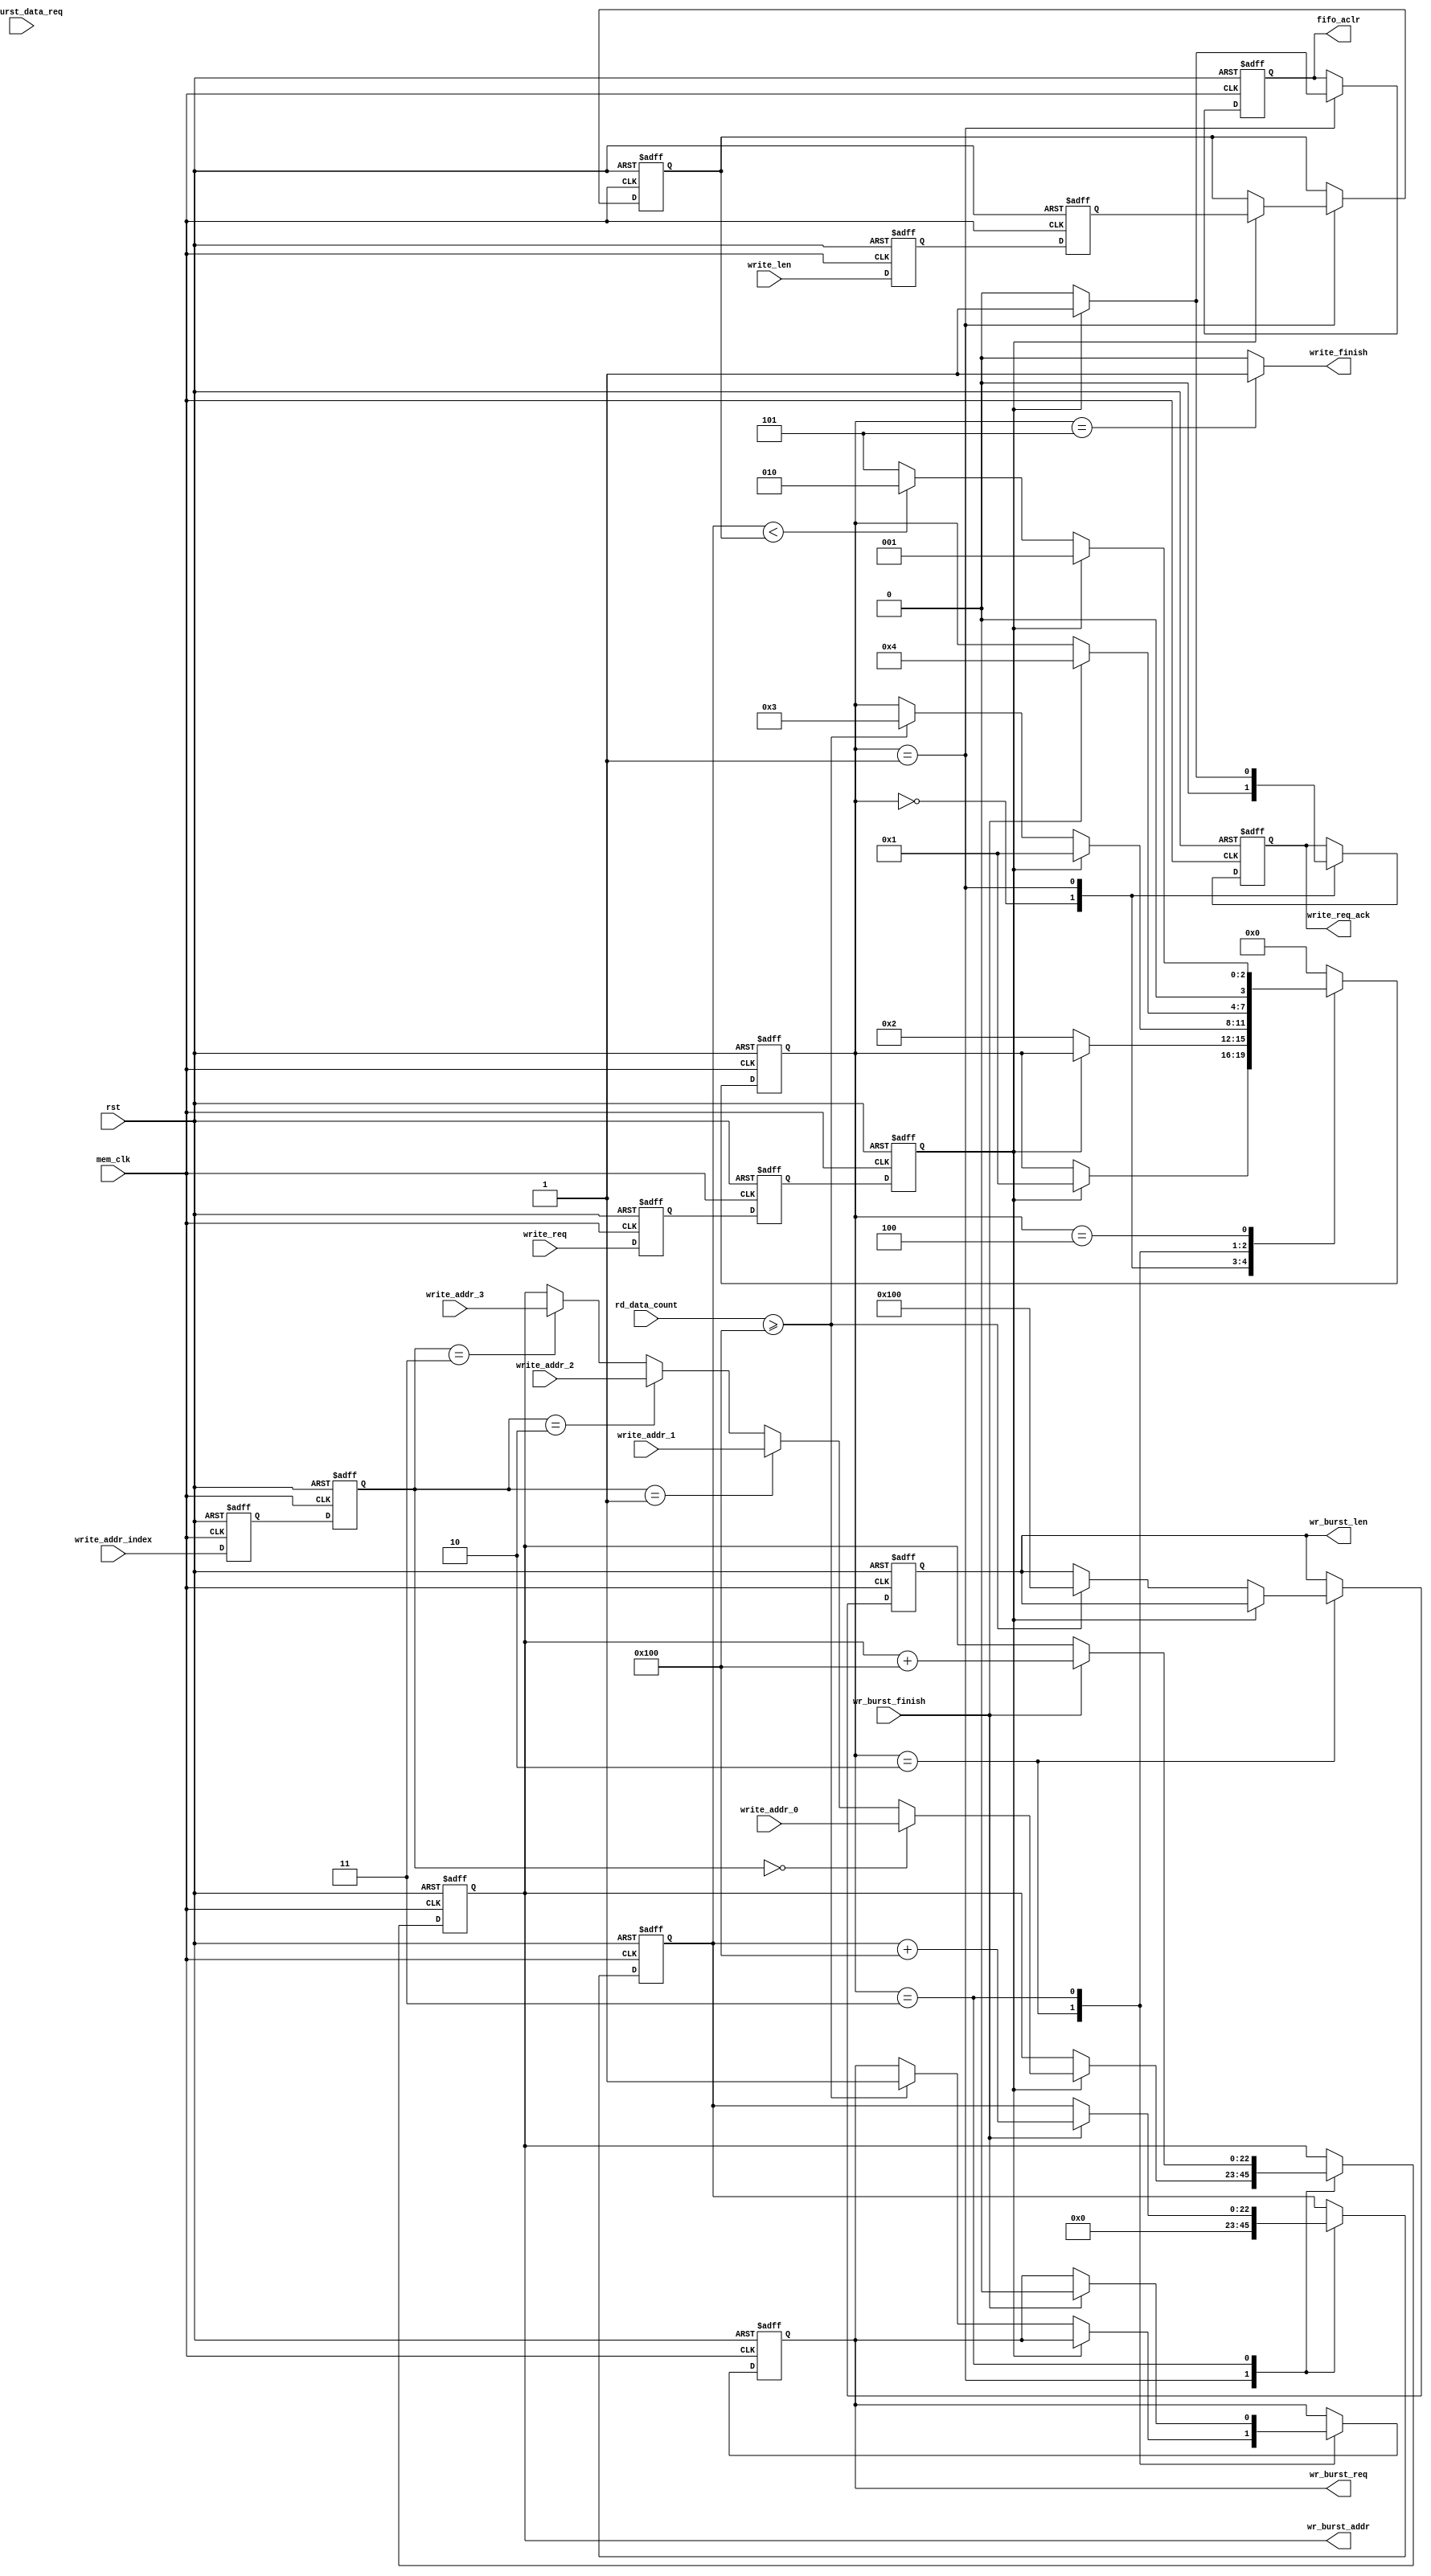
// This program was cloned from: https://github.com/Manistein/let-us-build-a-computer-system
// License: MIT License

//////////////////////////////////////////////////////////////////////////////////
//                                                                              //
//                                                                              //
//          msq@qq.com                                                          //
//          ALINX(shanghai) Technology Co.,Ltd                                  //
//          heijin                                                              //
//     WEB: http://www.alinx.cn/                                                //
//     BBS: http://www.heijin.org/                                              //
//                                                                              //
//////////////////////////////////////////////////////////////////////////////////
//                                                                              //
// Copyright (c) 2017,ALINX(shanghai) Technology Co.,Ltd                        //
//                    All rights reserved                                       //
//                                                                              //
// This source file may be used and distributed without restriction provided    //
// that this copyright statement is not removed from the file and that any      //
// derivative work contains the original copyright notice and the associated    //
// disclaimer.                                                                  //
//                                                                              //
//////////////////////////////////////////////////////////////////////////////////

//================================================================================
//  Revision History:
//  Date          By            Revision    Change Description
//--------------------------------------------------------------------------------
//  2017/7/19     meisq          1.0         Original
//*******************************************************************************/

`timescale 1ns/1ps
module frame_fifo_write
#
(
	parameter MEM_DATA_BITS          = 32,
	parameter ADDR_BITS              = 23,
	parameter BUSRT_BITS             = 10,
	parameter BURST_SIZE             = 256
)               
(
	input                            rst,                  
	input                            mem_clk,                    // external memory controller user interface clock
	output reg                       wr_burst_req,               // to external memory controller,send out a burst write request  
	output reg[BUSRT_BITS - 1:0]     wr_burst_len,               // to external memory controller,data length of the burst write request, not bytes 
	output reg[ADDR_BITS - 1:0]      wr_burst_addr,              // to external memory controller,base address of the burst write request 
	input                            wr_burst_data_req,          // from external memory controller,write data request ,before data 1 clock 
	input                            wr_burst_finish,            // from external memory controller,burst write finish
	input                            write_req,                  // data write module write request,keep '1' until read_req_ack = '1'
	output reg                       write_req_ack,              // data write module write request response
	output                           write_finish,               // data write module write request finish
	input[ADDR_BITS - 1:0]           write_addr_0,               // data write module write request base address 0, used when write_addr_index = 0
	input[ADDR_BITS - 1:0]           write_addr_1,               // data write module write request base address 1, used when write_addr_index = 1
	input[ADDR_BITS - 1:0]           write_addr_2,               // data write module write request base address 1, used when write_addr_index = 2
	input[ADDR_BITS - 1:0]           write_addr_3,               // data write module write request base address 1, used when write_addr_index = 3
	input[1:0]                       write_addr_index,           // select valid base address from write_addr_0 write_addr_1 write_addr_2 write_addr_3
	input[ADDR_BITS - 1:0]           write_len,                  // data write module write request data length
	output reg                       fifo_aclr,                  // to fifo asynchronous clear
	input[15:0]                      rd_data_count                     // from fifo read used words
);
localparam ONE                       = 256'd1;                   //256 bit '1'   you can use ONE[n-1:0] for n bit '1'
localparam ZERO                      = 256'd0;                   //256 bit '0'
//write state machine code
localparam S_IDLE                    = 0;                        //idle state,waiting for write
localparam S_ACK                     = 1;                        //written request response
localparam S_CHECK_FIFO              = 2;                        //check the FIFO status, ensure that there is enough space to burst write
localparam S_WRITE_BURST             = 3;                        //begin a burst write
localparam S_WRITE_BURST_END         = 4;                        //a burst write complete
localparam S_END                     = 5;                        //a frame of data is written to complete

reg                                 write_req_d0;                //asynchronous write request, synchronize to 'mem_clk' clock domain,first beat
reg                                 write_req_d1;                //the second
reg                                 write_req_d2;                //third,Why do you need 3 ? Here's the design habit
reg[ADDR_BITS - 1:0]                write_len_d0;                //asynchronous write_len(write data length), synchronize to 'mem_clk' clock domain first
reg[ADDR_BITS - 1:0]                write_len_d1;                //second
reg[ADDR_BITS - 1:0]                write_len_latch;             //lock write data length
reg[ADDR_BITS - 1:0]                write_cnt;                   //write data counter
reg[1:0]                            write_addr_index_d0;
reg[1:0]                            write_addr_index_d1;
reg[3:0]                            state;                       //state machine

assign write_finish = (state == S_END) ? 1'b1 : 1'b0;            //write finish at state 'S_END'
always@(posedge mem_clk or posedge rst)
begin
	if(rst == 1'b1)
	begin
		write_req_d0    <=  1'b0;
		write_req_d1    <=  1'b0;
		write_req_d2    <=  1'b0;
		write_len_d0    <=  ZERO[ADDR_BITS - 1:0];              //equivalent to write_len_d0 <= 0;
		write_len_d1    <=  ZERO[ADDR_BITS - 1:0];              //equivalent to write_len_d1 <= 0;
		write_addr_index_d0    <=  2'b00;
		write_addr_index_d1    <=  2'b00;
	end
	else
	begin
		write_req_d0    <=  write_req;
		write_req_d1    <=  write_req_d0;
		write_req_d2    <=  write_req_d1;
		write_len_d0    <=  write_len;
		write_len_d1    <=  write_len_d0;
		write_addr_index_d0 <= write_addr_index;
		write_addr_index_d1 <= write_addr_index_d0;
	end 
end


always@(posedge mem_clk or posedge rst)
begin
	if(rst == 1'b1)
	begin
		state <= S_IDLE;
		write_len_latch <= ZERO[ADDR_BITS - 1:0];
		wr_burst_addr <= ZERO[ADDR_BITS - 1:0];
		wr_burst_req <= 1'b0;
		write_cnt <= ZERO[ADDR_BITS - 1:0];
		fifo_aclr <= 1'b0;
		write_req_ack <= 1'b0;
		wr_burst_len <= ZERO[BUSRT_BITS - 1:0];
	end
	else
		case(state)
			//idle state,waiting for write write_req_d2 == '1' goto the 'S_ACK'
			S_IDLE:
			begin
				if(write_req_d2 == 1'b1)
				begin
					state <= S_ACK;
				end
				write_req_ack <= 1'b0;
			end
			//'S_ACK' state completes the write request response, the FIFO reset, the address latch, and the data length latch
			S_ACK:
			begin
				//after write request revocation(write_req_d2 == '0'),goto 'S_CHECK_FIFO',write_req_ack goto '0'
				if(write_req_d2 == 1'b0)
				begin
					state <= S_CHECK_FIFO;
					fifo_aclr <= 1'b0;
					write_req_ack <= 1'b0;
				end
				else
				begin
					//write request response
					write_req_ack <= 1'b1;
					//FIFO reset
					fifo_aclr <= 1'b1;
					//select valid base address from write_addr_0 write_addr_1 write_addr_2 write_addr_3
					if(write_addr_index_d1 == 2'd0)
						wr_burst_addr <= write_addr_0;
					else if(write_addr_index_d1 == 2'd1)
						wr_burst_addr <= write_addr_1;
					else if(write_addr_index_d1 == 2'd2)
						wr_burst_addr <= write_addr_2;
					else if(write_addr_index_d1 == 2'd3)
						wr_burst_addr <= write_addr_3;
					//latch data length
					write_len_latch <= write_len_d1;                    
				end
				//write data counter reset, write_cnt <= 0;
				write_cnt <= ZERO[ADDR_BITS - 1:0];
			end
			S_CHECK_FIFO:
			begin
				//if there is a write request at this time, enter the 'S_ACK' state
				if(write_req_d2 == 1'b1)
				begin
					state <= S_ACK;
				end
				//if the FIFO space is a burst write request, goto burst write state
				else if(rd_data_count >= BURST_SIZE)
				begin
					state <= S_WRITE_BURST;
					wr_burst_len <= BURST_SIZE[BUSRT_BITS - 1:0];
					wr_burst_req <= 1'b1;
				end
			end
			
			S_WRITE_BURST:
			begin
				//burst finish
				if(wr_burst_finish == 1'b1)
				begin
					wr_burst_req <= 1'b0;
					state <= S_WRITE_BURST_END;
					//write counter + burst length
					write_cnt <= write_cnt + BURST_SIZE[ADDR_BITS - 1:0];
					//the next burst write address is generated
					wr_burst_addr <= wr_burst_addr + BURST_SIZE[ADDR_BITS - 1:0];
				end     
			end
			S_WRITE_BURST_END:
			begin
				//if there is a write request at this time, enter the 'S_ACK' state
				if(write_req_d2 == 1'b1)
				begin
					state <= S_ACK;
				end
				//if the write counter value is less than the frame length, continue writing,
				//otherwise the writing is complete
				else if(write_cnt < write_len_latch)
				begin
					state <= S_CHECK_FIFO;
				end
				else
				begin
					state <= S_END;
				end
			end
			S_END:
			begin
				state <= S_IDLE;
			end
			default:
				state <= S_IDLE;
		endcase
end
endmodule